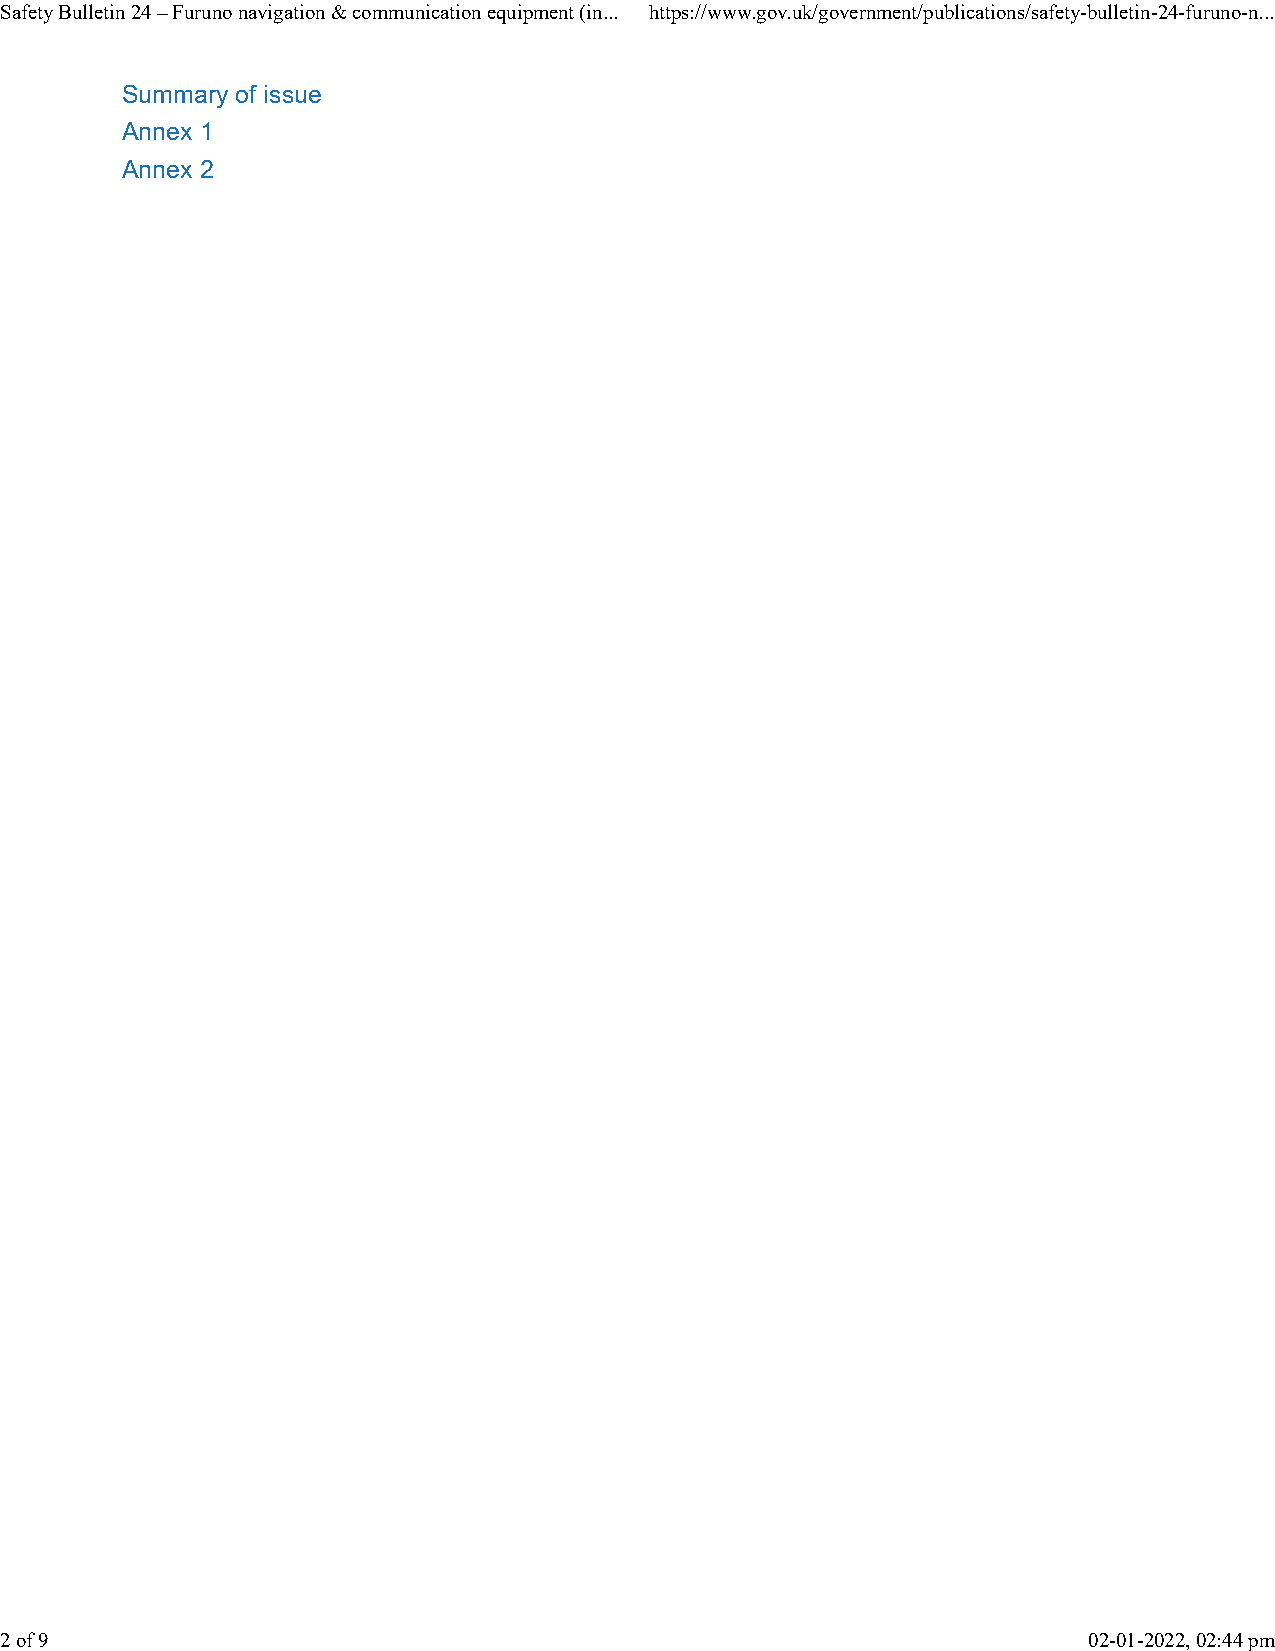
Safety Bulletin 24 – Furuno navigation & communication equipment (in... https://www.gov.uk/government/publications/safety-bulletin-24-furuno-n...
 Summary of issue
 Annex 1
 Annex 2
 2 of 9                                                                  02-01-2022, 02:44 pm